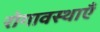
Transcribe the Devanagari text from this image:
रोगावस्थाएँ